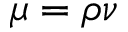
\mu = \rho \nu